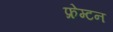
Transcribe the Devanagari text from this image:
फ्रेम्टन